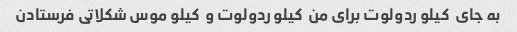
به جای  کیلو ردولوت برای من  کیلو ردولوت و  کیلو موس شکلاتی فرستادن